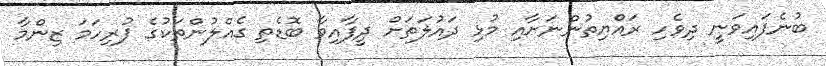
ބުނެފައިވަނީ ދިވެހި ރައްޔިތުންނަށާއި މުޅި ދައުލަތަށް ދީފާއިވާ ބޮޑެތި ގެއްލުންތަކުގެ ފުރިހަމަ ޒިންމާ